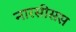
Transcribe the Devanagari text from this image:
नारसीसस